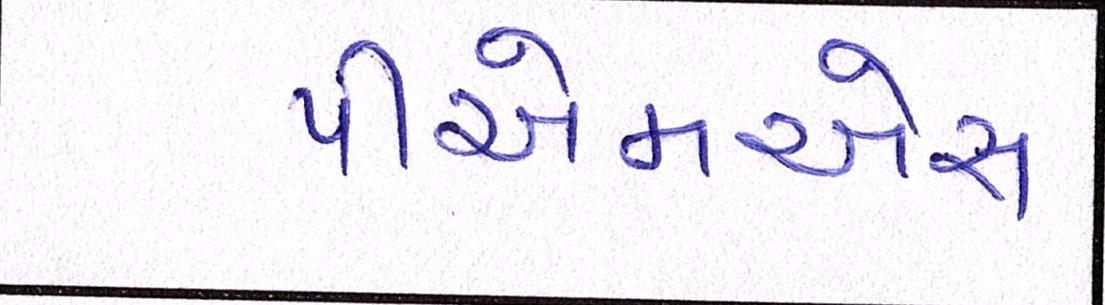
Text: પીએમએસ